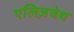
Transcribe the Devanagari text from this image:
एलिज़वेथ